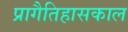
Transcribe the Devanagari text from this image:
प्रागैतिहासकाल